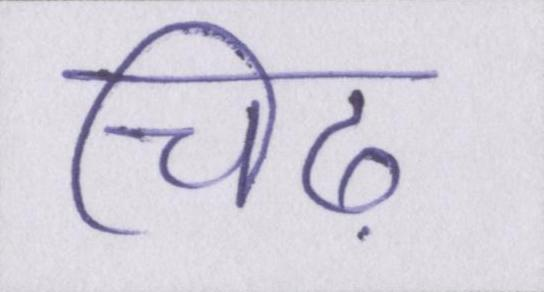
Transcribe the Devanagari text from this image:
चिढ़